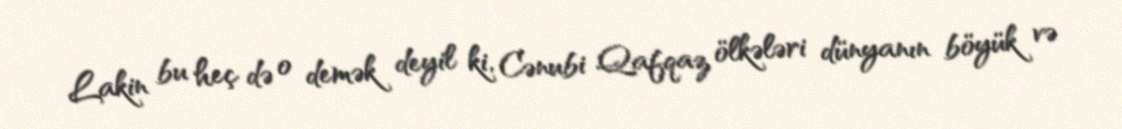
Lakin bu heç də o demək deyil ki, Cənubi Qafqaz ölkələri dünyanın böyük və